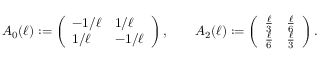
A _ { 0 } ( \ell ) : = \left( \begin{array} { l l } { - 1 / \ell } & { 1 / \ell } \\ { 1 / \ell } & { - 1 / \ell } \end{array} \right) , \qquad A _ { 2 } ( \ell ) : = \left( \begin{array} { l l } { \frac { \ell } { 3 } } & { \frac { \ell } { 6 } } \\ { \frac { \ell } { 6 } } & { \frac { \ell } { 3 } } \end{array} \right) .